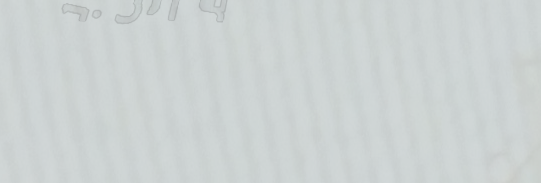
محل بقالة الحي   كل ما تح